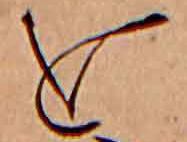
を